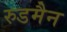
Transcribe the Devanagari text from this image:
रुडमैन